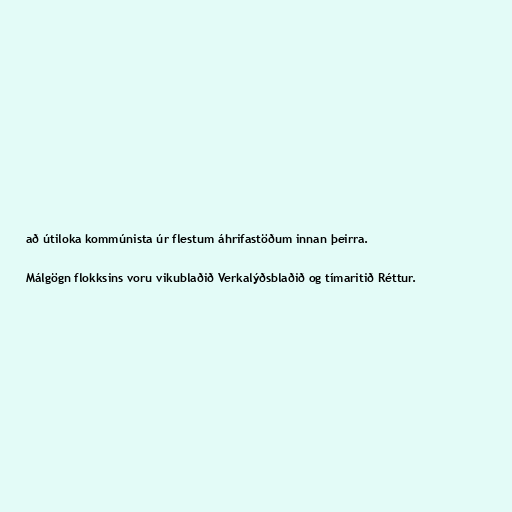
að útiloka kommúnista úr flestum áhrifastöðum innan þeirra.

Málgögn flokksins voru vikublaðið Verkalýðsblaðið og tímaritið Réttur.